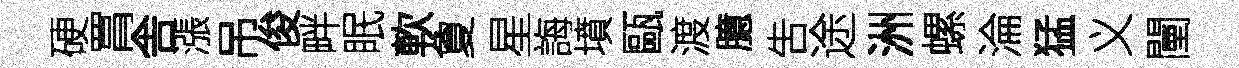
硬罥舎漲吊俊畔眠軟夐星誨墳甌渡臆吿途洲螺淪猛义闉